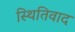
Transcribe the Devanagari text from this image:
स्थितिवाद